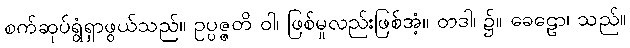
စက်ဆုပ်ရွံရှာဖွယ်သည်။ ဥပ္ပဇ္ဇတိ ဝါ၊ ဖြစ်မူလည်းဖြစ်အံ့။ တဒါ၊ ၌။ ခေဠော၊ သည်။